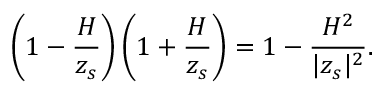
\left( 1 - \frac { { \cal H } } { z _ { s } } \right) \left( 1 + \frac { { \cal H } } { z _ { s } } \right) = 1 - \frac { { \cal H } ^ { 2 } } { | z _ { s } | ^ { 2 } } .